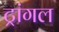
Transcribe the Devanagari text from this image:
ट्रांगल